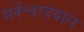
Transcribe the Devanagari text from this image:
सर्वेश्वरदयाल